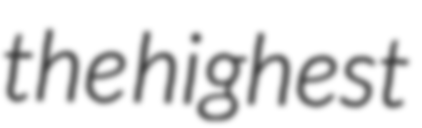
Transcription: the highest